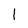
Character: 1